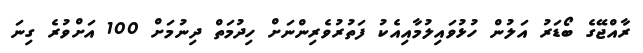
ރާއްޖޭގެ ބޯޑަރު އަލުން ހުޅުވައިލުމާއިއެކު ފަތުރުވެރިންނަށް ހިދުމަތް ދިނުމަށް 100 އަށްވުރެ ގިނަ